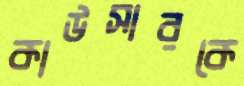
কাউসারকে